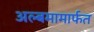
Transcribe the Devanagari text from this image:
अल्बमामार्फत